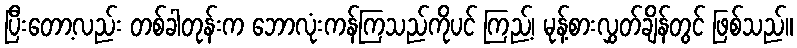
ပြီးတော့လည်း တစ်ခါတုန်းက ဘောလုံးကန်ကြသည်ကိုပင် ကြည့်၊ မုန့်စားလွှတ်ချိန်တွင် ဖြစ်သည်။